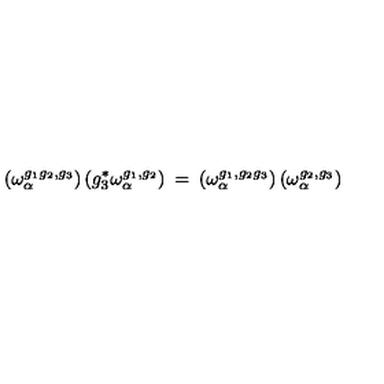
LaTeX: \left( \omega _ { \alpha } ^ { g _ { 1 } g _ { 2 } , g _ { 3 } } \right) \left( g _ { 3 } ^ { * } \omega _ { \alpha } ^ { g _ { 1 } , g _ { 2 } } \right) \: = \: \left( \omega _ { \alpha } ^ { g _ { 1 } , g _ { 2 } g _ { 3 } } \right) \left( \omega _ { \alpha } ^ { g _ { 2 } , g _ { 3 } } \right)